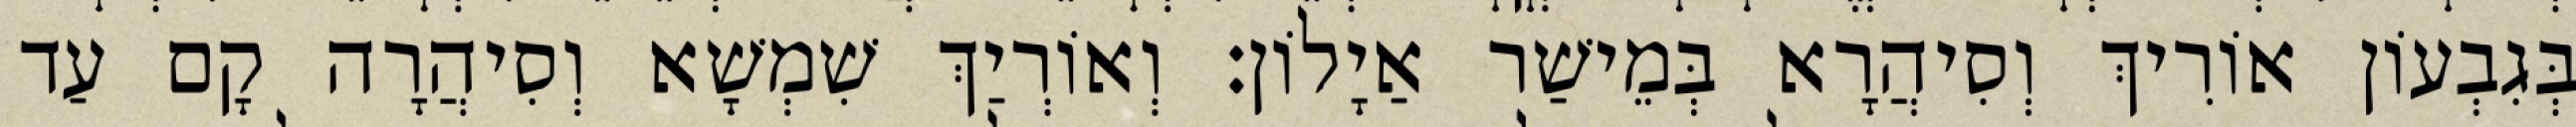
בְּגִבְעוֹן אוֹרִיךְ וְסִיהֲרָא בְּמֵישַׁר אַיָלוֹן׃ וְאוֹרְיַךְ שִׁמְשָׁא וְסִיהֲרָה קָם עַד